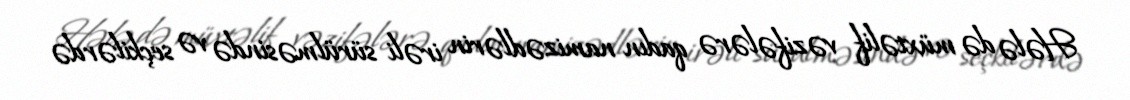
Hələ də müxtəlif vəzifələrə qadın namizədlərin irəli sürülməsində və seçkilərdə